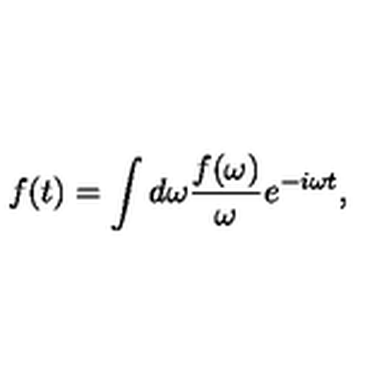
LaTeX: f ( t ) = \int { d \omega { \frac { f ( \omega ) } { \omega } } e ^ { - i \omega t } } ,